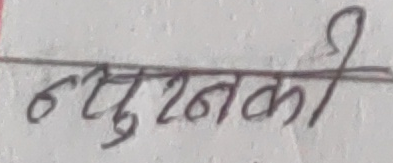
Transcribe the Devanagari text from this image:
नपुश्नकी